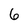
Character: 6